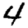
Digit: 4